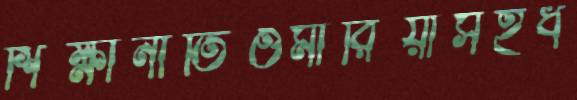
শিক্ষানীতিওমারিয়াসহধ